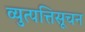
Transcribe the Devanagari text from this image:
व्युत्पत्तिसूचन